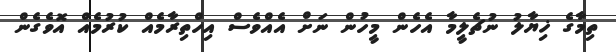
ތިމާގެ ޚިޔާލު ނުޗެލީމާ އެހެން މީހުން ނަށް އެއްވެސް އިހްތިރާމެއް ކުރުމެއް އޮވެގެން